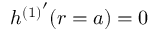
h { ^ { ( 1 ) } } ^ { \prime } ( r = a ) = 0